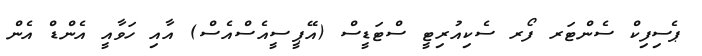
ޕެސިފިކް ސެންޓަރ ފޯރ ސެކިއުރިޓީ ސްޓަޑީސް (އޭޕީސީއެސްއެސް) އާއި ހަވާއީ އެންޑް އެން